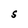
Character: S